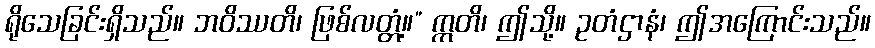
ရိုသေခြင်းရှိသည်။ ဘဝိဿတိ၊ ဖြစ်လတ္တံ့။” ဣတိ၊ ဤသို့။ ဥတံဌာနံ၊ ဤအကြောင်းသည်။